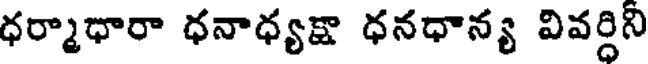
ధర్మాధారా ధనాధ్యక్షా ధనధాన్య వివర్దిని